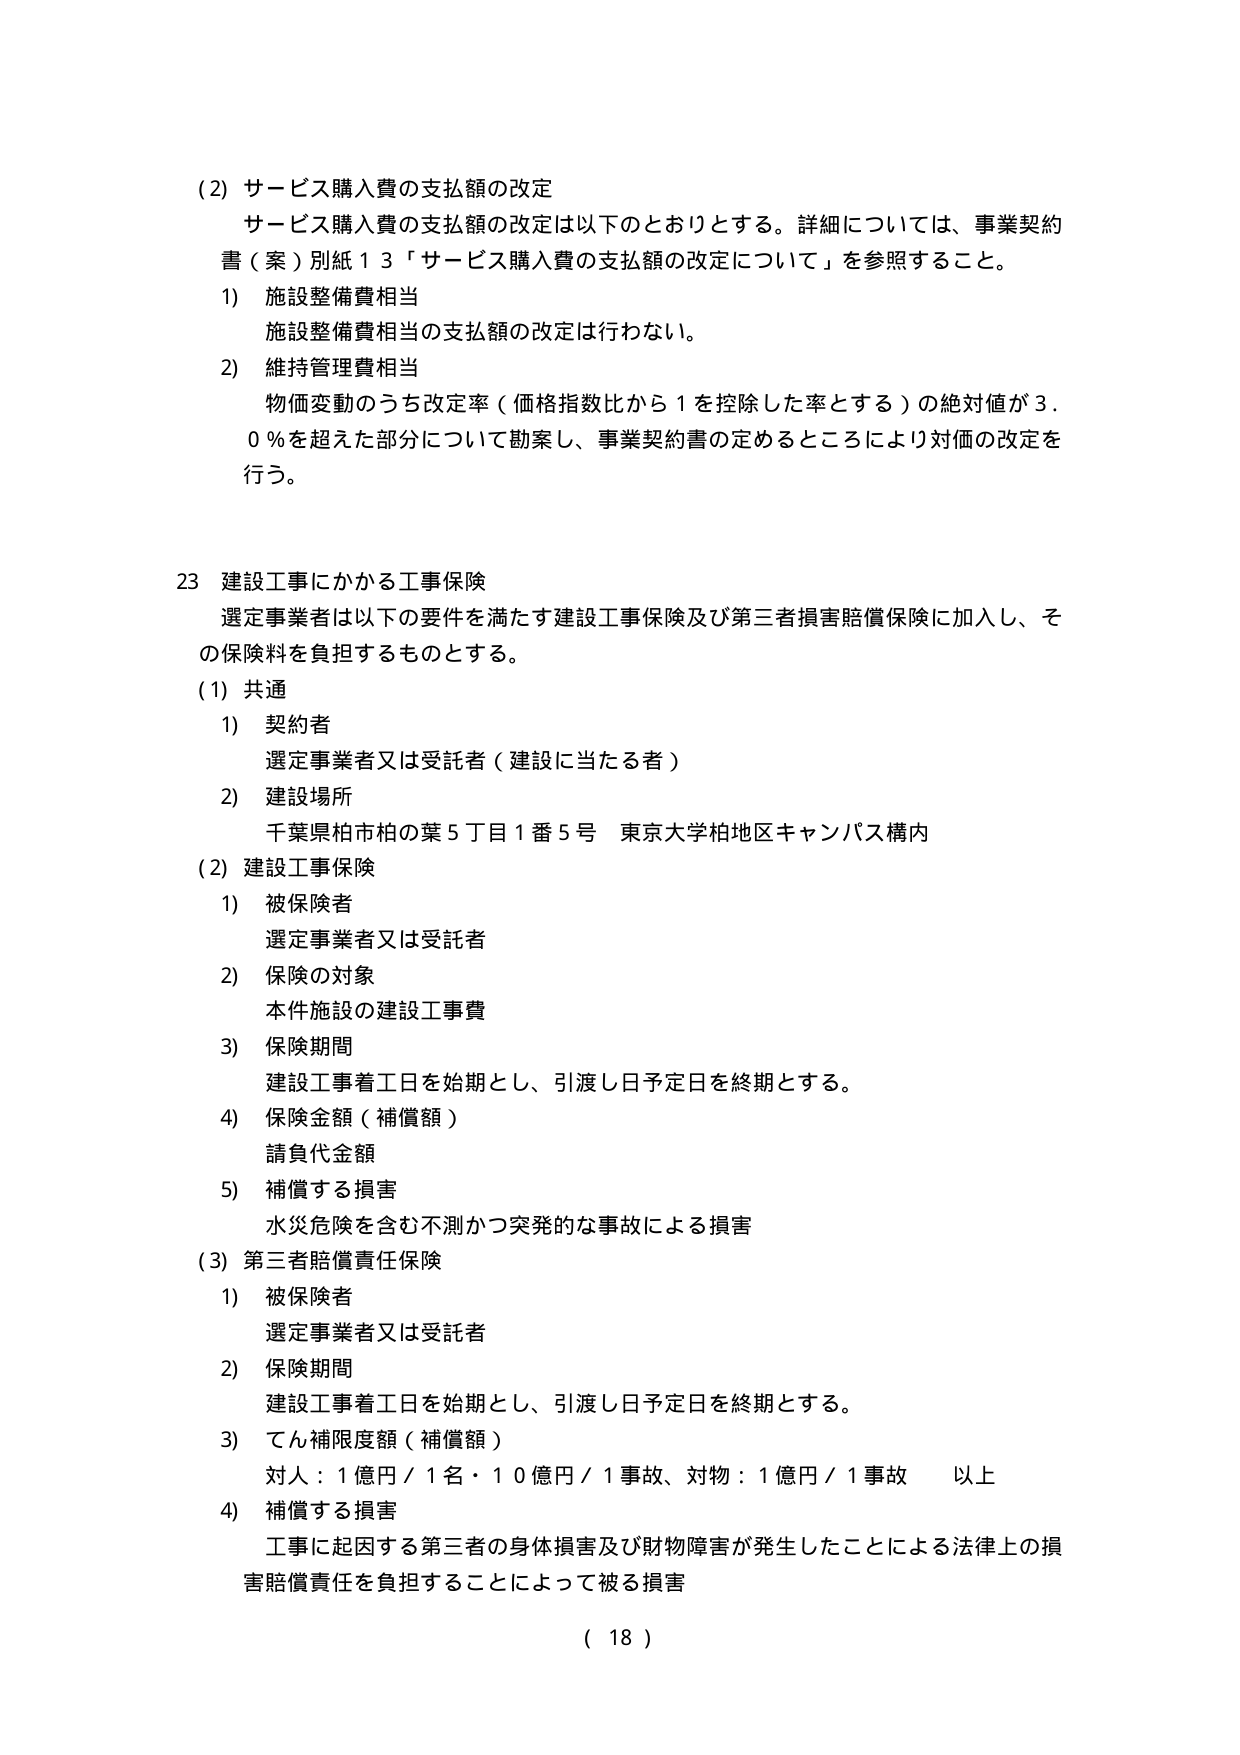
(2) サービス購入費の支払額の改定
サービス購入費の支払額の改定は以下のとおりとする。詳細については、事業契約書（案）別紙１３「サービス購入費の支払額の改定について」を参照すること。
1) 施設整備費相当
　施設整備費相当の支払額の改定は行わない。
2) 維持管理費相当
　物価変動のうち改定率（価格指数比から１を控除した率とする）の絶対値が３．０％を超えた部分について勘案し、事業契約書の定めるところにより対価の改定を行う。

23 建設工事にかかる工事保険
選定事業者は以下の要件を満たす建設工事保険及び第三者損害賠償保険に加入し、その保険料を負担するものとする。
(1) 共通
1) 契約者
　選定事業者又は受託者（建設に当たる者）
2) 建設場所
　千葉県柏市柏の葉５丁目１番５号 東京大学柏地区キャンパス構内
(2) 建設工事保険
1) 被保険者
　選定事業者又は受託者
2) 保険の対象
　本件施設の建設工事費
3) 保険期間
　建設工事着工日を始期とし、引渡し日予定日を終期とする。
4) 保険金額（補償額）
　請負代金額
5) 補償する損害
　水災危険を含む不測かつ突発的な事故による損害
(3) 第三者賠償責任保険
1) 被保険者
　選定事業者又は受託者
2) 保険期間
　建設工事着工日を始期とし、引渡し日予定日を終期とする。
3) てん補限度額（補償額）
　対人：１億円／１名・１０億円／１事故、対物：１億円／１事故 以上
4) 補償する損害
　工事に起因する第三者の身体損害及び財物障害が発生したことによる法律上の損害賠償責任を負担することによって被る損害
( 18 )